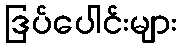
ဒြပ်ပေါင်းများ